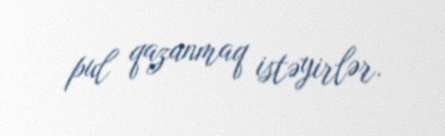
pul qazanmaq istəyirlər.